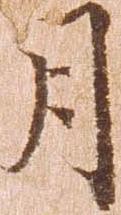
月